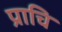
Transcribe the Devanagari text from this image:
प्राचि